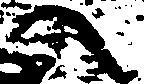
へ